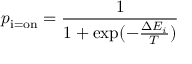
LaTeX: p _ { \mathrm { i = o n } } = { \frac { 1 } { 1 + \exp ( - { \frac { \Delta E _ { i } } { T } } ) } }